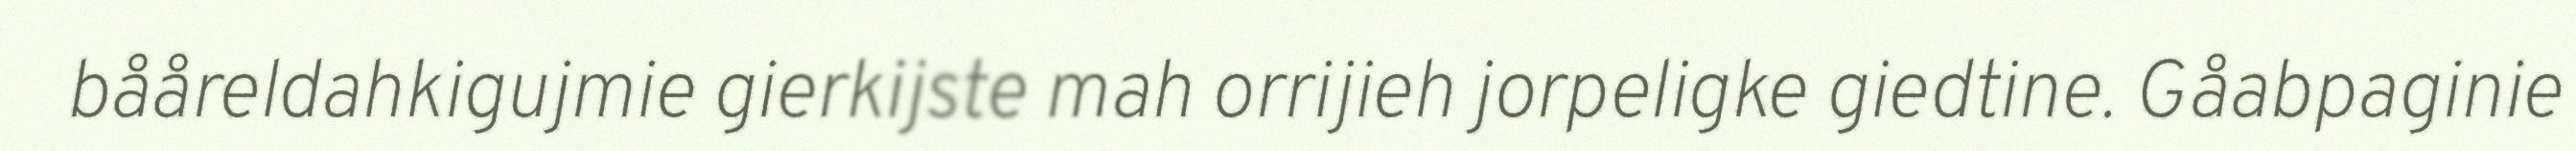
bååreldahkigujmie gierkijste mah orrijieh jorpeligke giedtine. Gåabpaginie